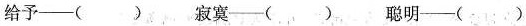
给予—( ) 寂寞—( ) 聪明—( )